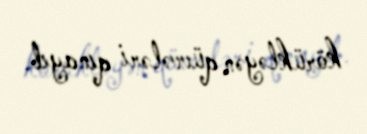
körükləyən qüvvələri qınayıb.